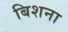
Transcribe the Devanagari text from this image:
बिशना